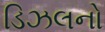
ડિઝલનો